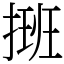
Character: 𢲔